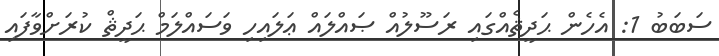
ސަބަބު 1: އެހެން ޙަދީޘެއްގައި ރަސޫލުއް ޞައްލައް ޢަލައިހި ވަސައްލަމް ޙަދީޘް ކުރަށްވާފައި